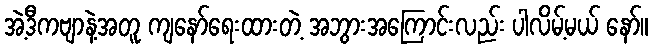
အဲ့ဒီကဗျာနဲ့အတူ ကျနော်ရေးထားတဲ့ အဘွားအကြောင်းလည်း ပါလိမ့်မယ် နော်။